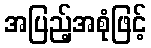
အပြည့်အစုံဖြင့်